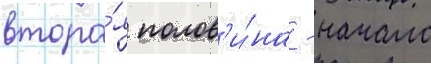
втора́я полов'и́на - начало